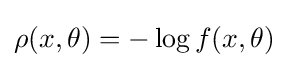
\rho (x,\theta )=-\log f(x,\theta )